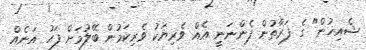
ޝެއިޚުން" ގެ ފަރާތުން ފެންނަނީ އެއް ވެރިޔަކު ވެރިކަމުން ބޭލުމަށް ފަހު އަނެއް